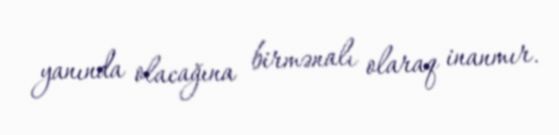
yanında olacağına birmənalı olaraq inanmır.